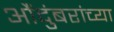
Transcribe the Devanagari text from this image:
औंदुंबरांच्या